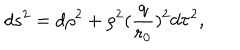
d s ^ { 2 } = d \rho ^ { 2 } + \rho ^ { 2 } ( \frac { q } { r _ { 0 } } ) ^ { 2 } d \tau ^ { 2 } ,